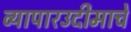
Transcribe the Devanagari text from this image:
व्यापारउदीमाचे